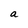
Character: a